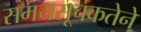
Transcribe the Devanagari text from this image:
समयसूचकतेने